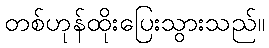
တစ်ဟုန်ထိုးပြေးသွားသည်။